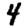
Digit: 4